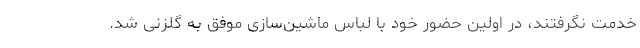
خدمت نگرفتند، در اولین حضور خود با لباس ماشین‌سازی موفق به گلزنی شد.